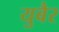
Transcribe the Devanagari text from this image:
युबैर